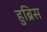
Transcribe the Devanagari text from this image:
हुब्रिस